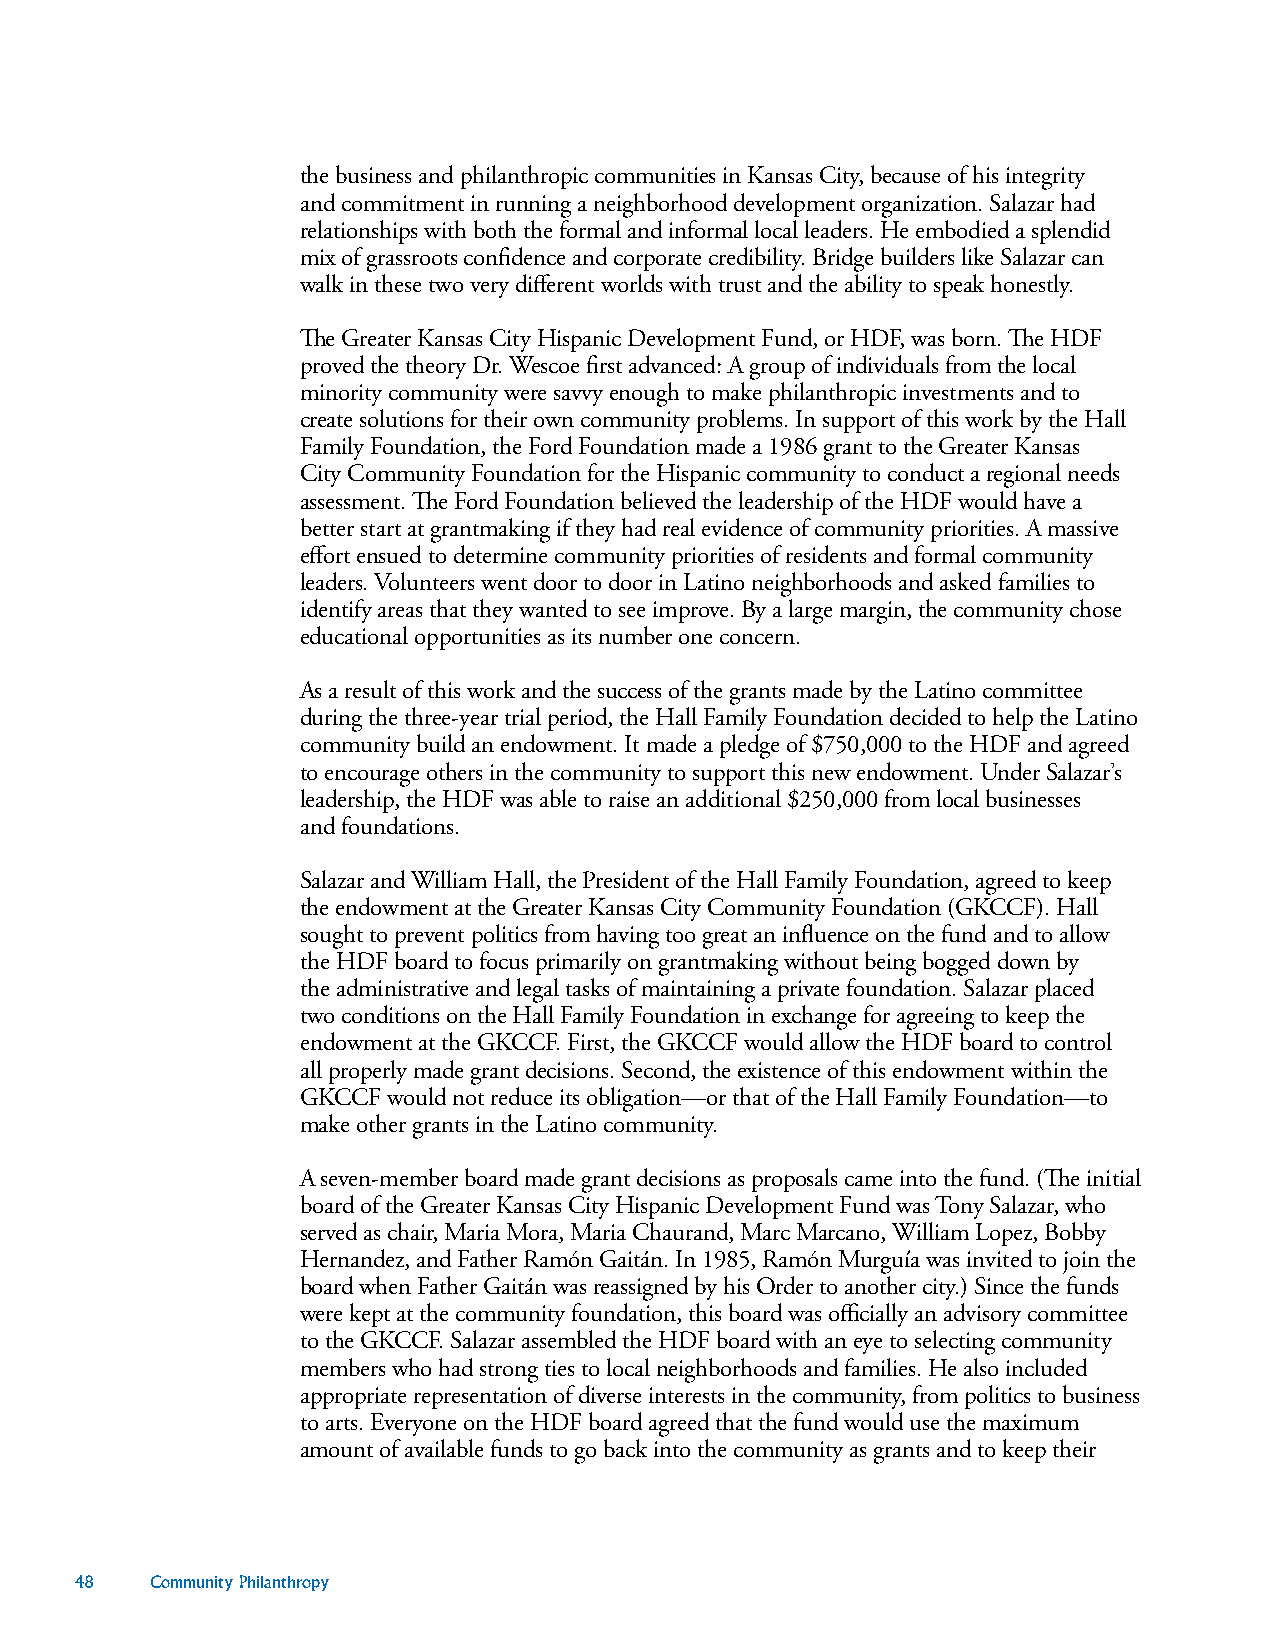
the business and philanthropic communities in Kansas City, because of his integrity
 and commitment in running a neighborhood development organization. Salazar had
 relationships with both the formal and informal local leaders. He embodied a splendid
 mix of grassroots confidence and corporate credibility. Bridge builders like Salazar can
 walk in these two very different worlds with trust and the ability to speak honestly.
 The Greater Kansas City Hispanic Development Fund, or HDF, was born. The HDF
 proved the theory Dr. Wescoe first advanced: A group of individuals from the local
 minority community were savvy enough to make philanthropic investments and to
 create solutions for their own community problems. In support of this work by the Hall
 Family Foundation, the Ford Foundation made a 1986 grant to the Greater Kansas
 City Community Foundation for the Hispanic community to conduct a regional needs
 assessment. The Ford Foundation believed the leadership of the HDF would have a
 better start at grantmaking if they had real evidence of community priorities. A massive
 effort ensued to determine community priorities of residents and formal community
 leaders. Volunteers went door to door in Latino neighborhoods and asked families to
 identify areas that they wanted to see improve. By a large margin, the community chose
 educational opportunities as its number one concern.
 As a result of this work and the success of the grants made by the Latino committee
 during the three-year trial period, the Hall Family Foundation decided to help the Latino
 community build an endowment. It made a pledge of $750,000 to the HDF and agreed
 to encourage others in the community to support this new endowment. Under Salazar’s
 leadership, the HDF was able to raise an additional $250,000 from local businesses
 and foundations.
 Salazar and William Hall, the President of the Hall Family Foundation, agreed to keep
 the endowment at the Greater Kansas City Community Foundation (GKCCF). Hall
 sought to prevent politics from having too great an influence on the fund and to allow
 the HDF board to focus primarily on grantmaking without being bogged down by
 the administrative and legal tasks of maintaining a private foundation. Salazar placed
 two conditions on the Hall Family Foundation in exchange for agreeing to keep the
 endowment at the GKCCF. First, the GKCCF would allow the HDF board to control
 all properly made grant decisions. Second, the existence of this endowment within the
 GKCCF would not reduce its obligation—or that of the Hall Family Foundation—to
 make other grants in the Latino community.
 A seven-member board made grant decisions as proposals came into the fund. (The initial
 board of the Greater Kansas City Hispanic Development Fund was Tony Salazar, who
 served as chair, Maria Mora, Maria Chaurand, Marc Marcano, William Lopez, Bobby
 Hernandez, and Father Ramón Gaitán. In 1985, Ramón Murguía was invited to join the
 board when Father Gaitán was reassigned by his Order to another city.) Since the funds
 were kept at the community foundation, this board was officially an advisory committee
 to the GKCCF. Salazar assembled the HDF board with an eye to selecting community
 members who had strong ties to local neighborhoods and families. He also included
 appropriate representation of diverse interests in the community, from politics to business
 to arts. Everyone on the HDF board agreed that the fund would use the maximum
 amount of available funds to go back into the community as grants and to keep their
 48   Community Philanthropy